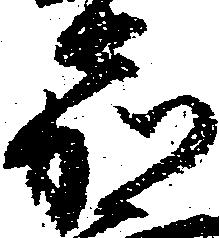
嘉